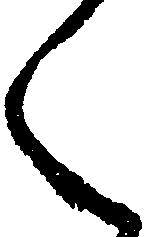
く